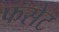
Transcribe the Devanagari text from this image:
फसेट